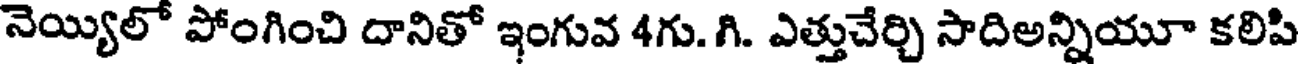
నెయ్యిలో పోంగించి దానితో ఇంగువ 4గు. గి. ఎత్తుచేర్చి సాదిఅన్నియూ కలిపి